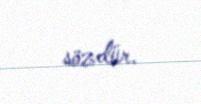
sözdür.